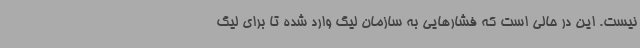
نیست. این در حالی است که فشارهایی به سازمان لیگ وارد شده تا برای لیگ